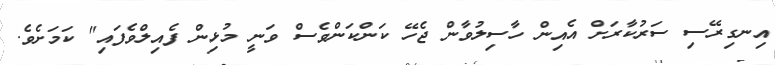
އިނގިރޭސި ސަރުކާރަށް އެއިން ހާސިލުވާން ޖެހޭ ކަންކަންވެސް ވަނީ މުޅިން ފެއިލްވެފައި" ކަމަށެވެ.